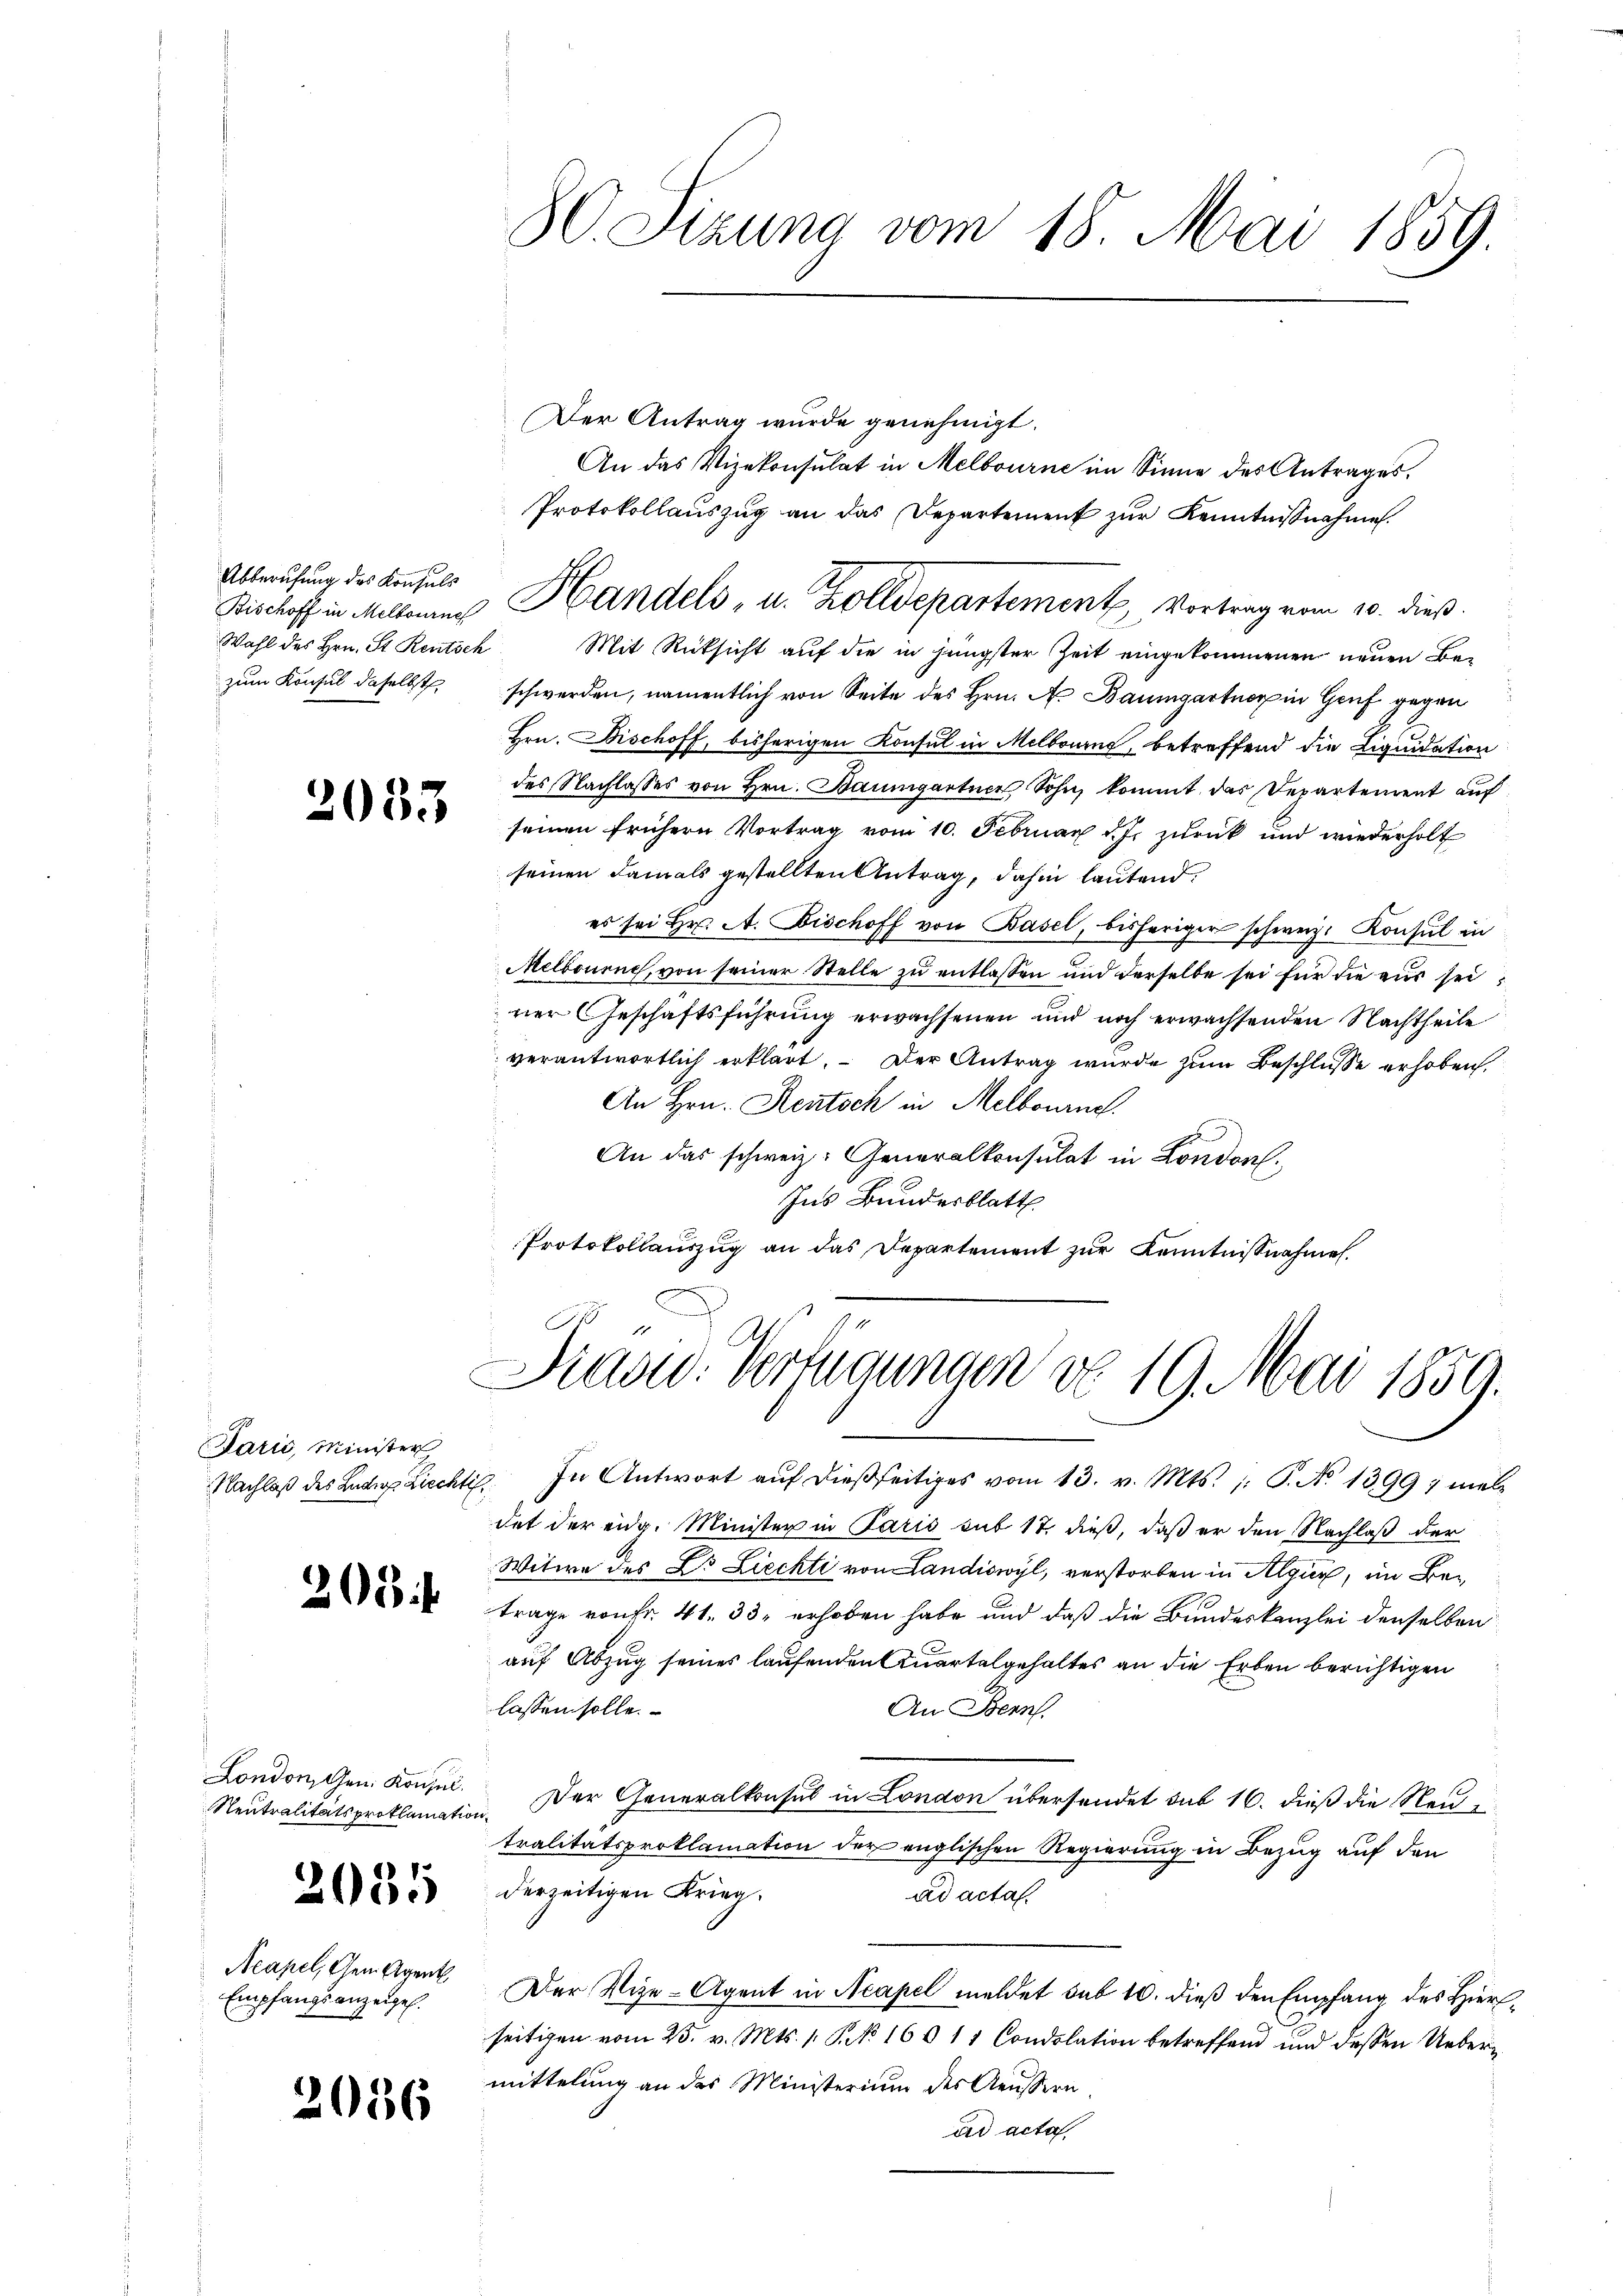
Abberufung des Konsuls
zum Konsul daselbst

2033

Paris, Minister

n

208 f

London, Gen. Konsul
Neutralitätsproklamation

2035

Acapel, Gem. Agent
Empfangsanzeigel.

2036

80. Sizung vom 18. Mai 1859.

Der Antrag wurde genehmigt.
An das Vizekonsulat in Melbourne im Sinne des Antrages.
Protokollauszug an das Departement zur Kenntnißnahme
Wahl des Hrn. St. Rentsch Mit Rücksicht aŭf die in jüngster Zeit eingekommenen neuen Beschwerden, namentlich von Seite des Hrn. A. Baumgartner in Genf gegen
Hrn. Bischoff, bisherigen Konsul in Melbourne, betreffend die Liquidation
des Nachlasses von Hrn. Baumgartner Sohn, kommt das Departement auf
seinen frühern Vortrag vom 10. Februar d. J. zurück und wiederholt
seinen damals gestellten Antrag, dahin lautend.
es sei Hr. A. Bischoff von Basel, bisheriger schweiz. Konsul in
Melbourich, von seiner Stelle zu entlassen und derselbe sei für die aus seirer Geschäftsführung erwachsenen und noch erwachsenden Nachtheile
verantwortlich erklärt. Der Antrag wurde zum Beschlusse erhoben.
An Hrn. Rentsch in Melbourne
An das schweiz. Generalkonsulat in London.
Ins Bundesblatt
Protokollauszug an das Departement zur Kenntnißnahmen.

Bischoff in Mittenen Handels, u. er alldepartement, Vortrag vom 10. dieß.

Diasw. Verfügungen do 19. Mai 1859.

Nachlaβ des Leder Liecht. In Antwort aŭf dießseitiges vom 13. v. Mts. /: P. No 1399 ; mal
det der eidg. Minister in Paris sub 17, dieß, daß er den Nachlaß der
Witwe des Dr. Liechti von Landiswyl, verstorben in Algur, im Betrage von Fr. 41. 33. erhoben habe und daß die Bundeskanzlei denselben
auf Abzug seines laufenden Quartalgehaltes an die Erben berichtigen
lassen solle.
An Bern.
Der Generalkonsul in London übersendet sub 16. dieß die Neutralitätsproklamation der englischen Regierung in Bezug auf den
derzeitigen Krieg.
ad acta.
Der Vize-Agent in Acapel meldet sub 10. dieß den Empfang des Hierseitigen vom 25. v. Mts. 1. P. No. 16011 Condolation betreffend und dessen Uebermittelung an das Ministerium des Aeussern.
ad acta,